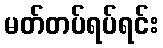
မတ်တပ်ရပ်ရင်း